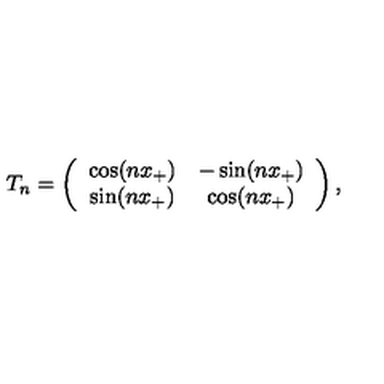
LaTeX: T _ { n } = \left( \begin{array} { c c } { \cos ( n x _ { + } ) } & { - \sin ( n x _ { + } ) } \\ { \sin ( n x _ { + } ) } & { \cos ( n x _ { + } ) } \\ \end{array} \right) ,